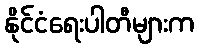
နိုင်ငံရေးပါတီများက